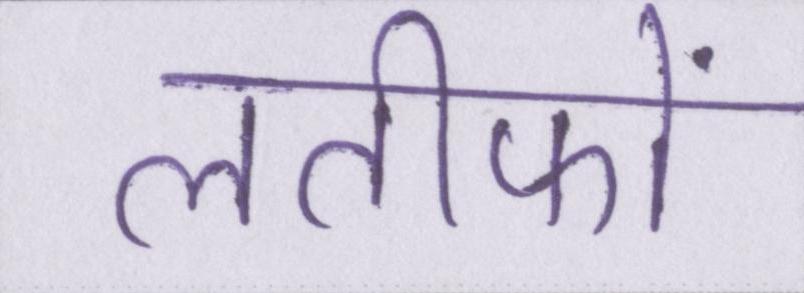
लतीफों